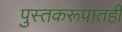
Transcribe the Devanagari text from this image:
पुस्तकरूपातही